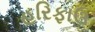
હરિફાઉ